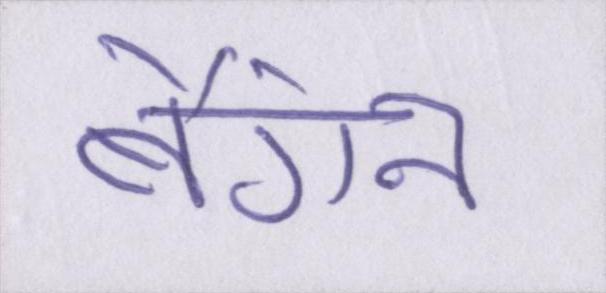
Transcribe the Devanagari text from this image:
बैंगन